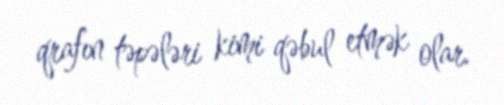
qrafın təpələri kimi qəbul etmək olar.